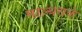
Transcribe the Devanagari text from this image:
माल्थसके